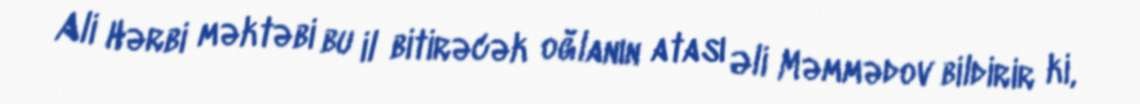
Ali Hərbi məktəbi bu il bitirəcək oğlanın atası Əli Məmmədov bildirir ki,